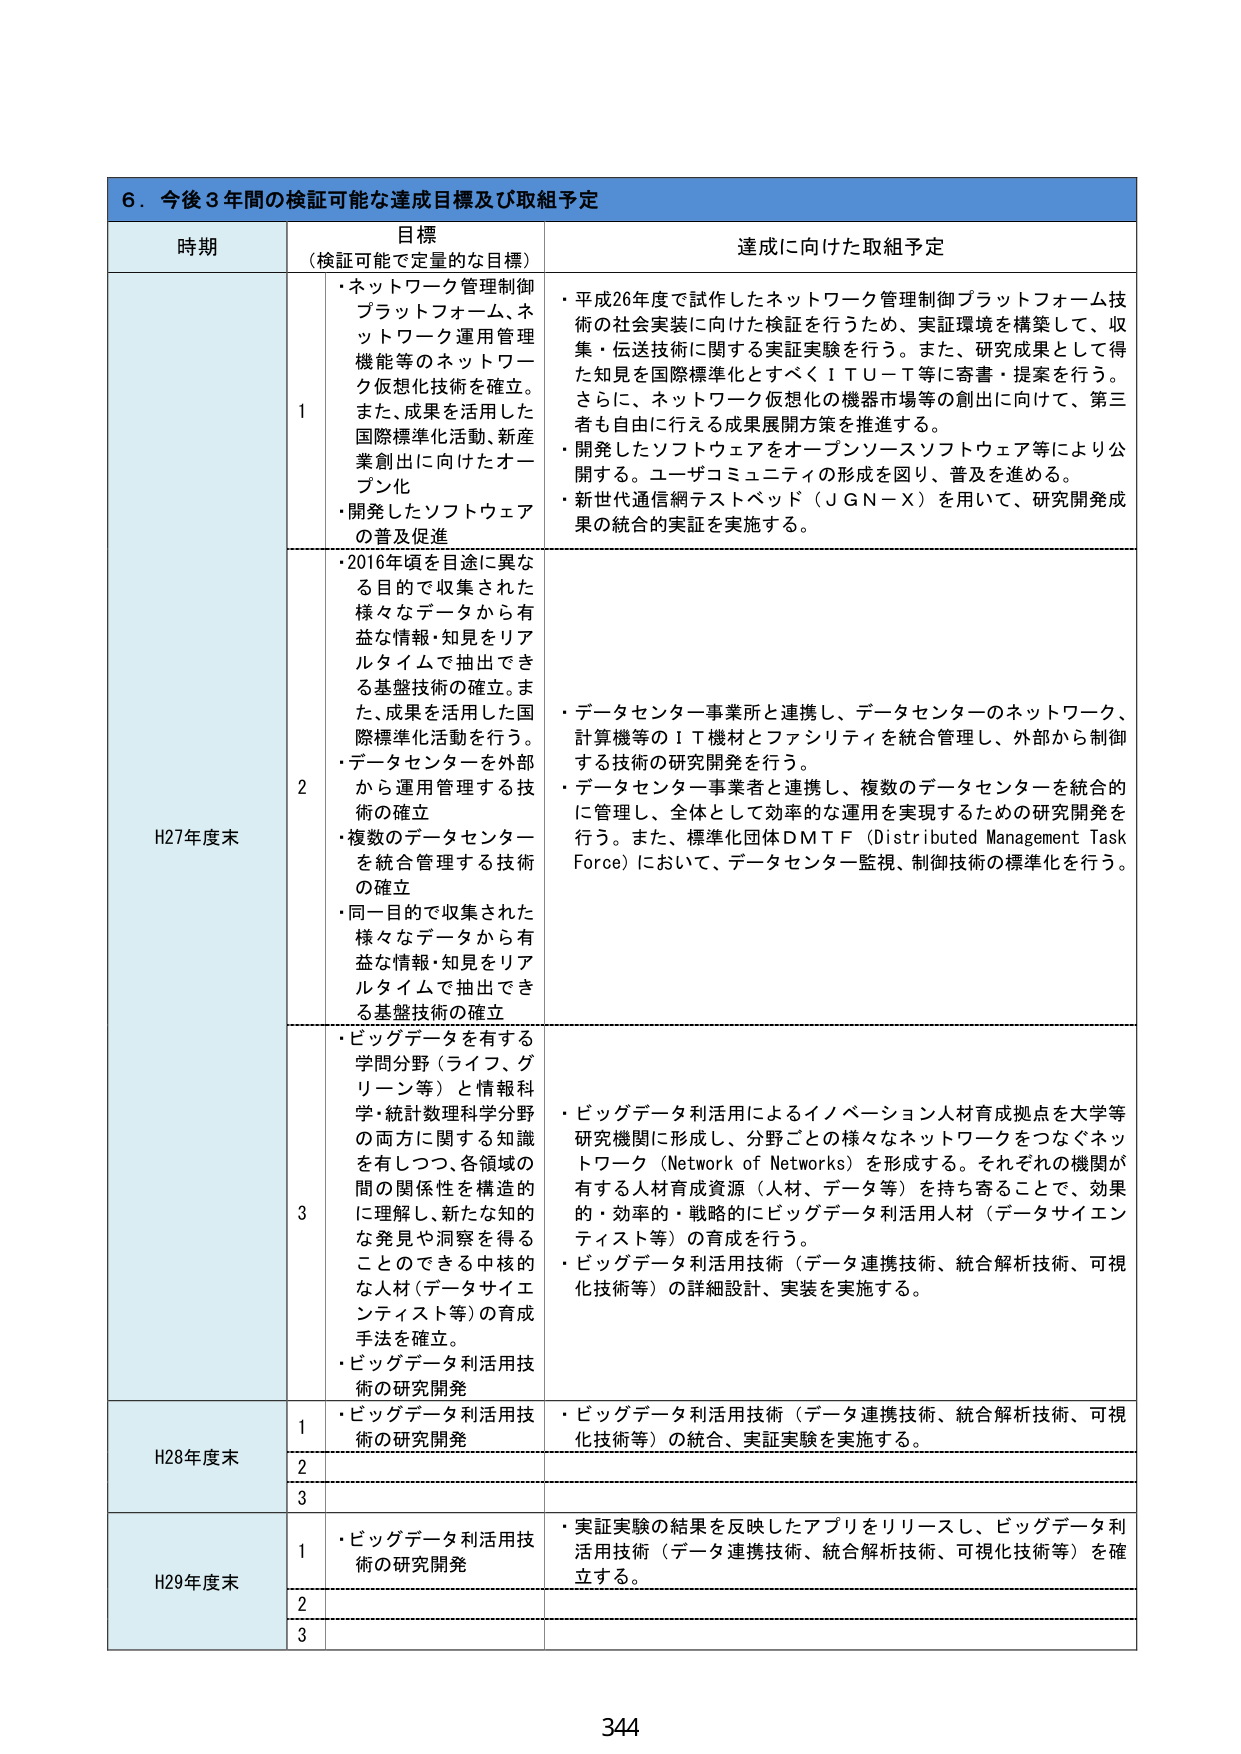
6．今後3年間の検証可能な達成目標及び取組予定

時期 目標（検証可能で定量的な目標） 達成に向けた取組予定

H27年度末 1 ・ネットワーク管理制御プラットフォーム、ネットワーク運用管理機能等のネットワーク仮想化技術を確立。また、成果を活用した国際標準化活動、新産業創出に向けたオープン化 ・開発したソフトウェアの普及促進 ・平成26年度で試作したネットワーク管理制御プラットフォーム技術の社会実装に向けた検証を行うため、実証環境を構築して、収集・伝送技術に関する実証実験を行う。また、研究成果として得た知見を国際標準化とすべくＩＴＵ－Ｔ等に寄書・提案を行う。さらに、ネットワーク仮想化の機器市場等の創出に向けて、第三者も自由に行える成果展開方策を推進する。 ・開発したソフトウェアをオープンソースソフトウェア等により公開する。ユーザコミュニティの形成を図り、普及を進める。 ・新世代通信網テストベッド（ＪＧＮ－Ｘ）を用いて、研究開発成果の統合的実証を実施する。

2 ・2016年頃を目途に異なる目的で収集された様々なデータから有益な情報・知見をリアルタイムで抽出できる基盤技術の確立。また、成果を活用した国際標準化活動を行う。 ・データセンターを外部から運用管理する技術の確立 ・複数のデータセンターを統合管理する技術の確立 ・同一目的で収集された様々なデータから有益な情報・知見をリアルタイムで抽出できる基盤技術の確立 ・データセンター事業所と連携し、データセンターのネットワーク、計算機等のＩＴ機材とファシリティを統合管理し、外部から制御する技術の研究開発を行う。 ・データセンター事業者と連携し、複数のデータセンターを統合的に管理し、全体として効率的な運用を実現するための研究開発を行う。また、標準化団体ＤＭＴＦ（Distributed Management Task Force）において、データセンター監視、制御技術の標準化を行う。

3 ・ビッグデータを有する学問分野（ライフ、グリーン等）と情報科学・統計数理科学分野の両方に関する知識を有しつつ、各領域の間の関係性を構造的に理解し、新たな知的な発見や洞察を得ることのできる中核的な人材（データサイエンティスト等）の育成手法を確立。 ・ビッグデータ利活用技術の研究開発 ・ビッグデータ利活用によるイノベーション人材育成拠点を大学等研究機関に形成し、分野ごとの様々なネットワークをつなぐネットワーク（Network of Networks）を形成する。それぞれの機関が有する人材育成資源（人材、データ等）を持ち寄ることで、効果的・効率的・戦略的にビッグデータ利活用人材（データサイエンティスト等）の育成を行う。 ・ビッグデータ利活用技術（データ連携技術、統合解析技術、可視化技術等）の詳細設計、実装を実施する。

H28年度末 1 ・ビッグデータ利活用技術の研究開発 ・ビッグデータ利活用技術（データ連携技術、統合解析技術、可視化技術等）の統合、実証実験を実施する。 2 3

H29年度末 1 ・ビッグデータ利活用技術の研究開発 ・実証実験の結果を反映したアプリをリリースし、ビッグデータ利活用技術（データ連携技術、統合解析技術、可視化技術等）を確立する。 2 3

344